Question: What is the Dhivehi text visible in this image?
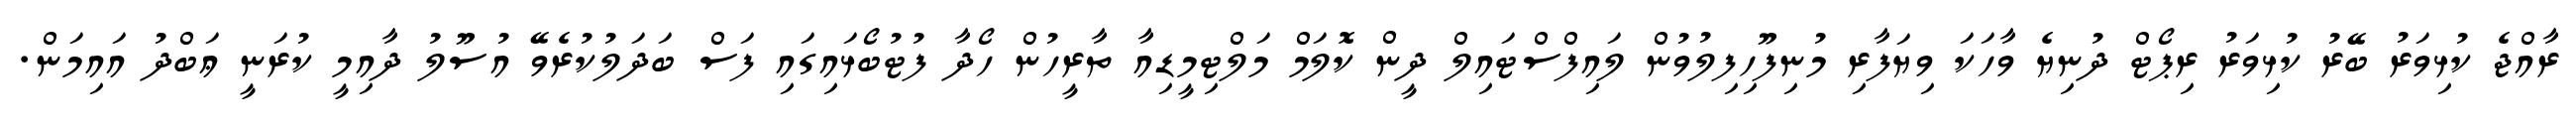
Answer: ރާއްޖެ ކުޅިވަރު ބޭރު ކުޅިވަރު ރިޕޯޓް ދުނިޔެ ވާހަކަ ވިޔަފާރި މުނިފޫހިފިލުވުން ލައިފްސްޓައިލް ދީން ކޮލަމް މަލްޓިމީޑިއާ ތާރީހުން ހޯދާ ފުޓުބޯޅައިގައި ފަސް ބަދަލުކުރެވޭ އުސޫލު ދާއިމީ ކުރަނީ ޢަބްދު އައިމަން.